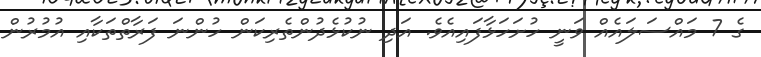
ގެ 7 މައްސަލައެއް ވަނީ ހުށަހަޅާފައިއެވެ. އަދި ނުކުޅެދުންތެރިކަން ހުންނަ ފަރާތްތަކާއި އުމުރުން